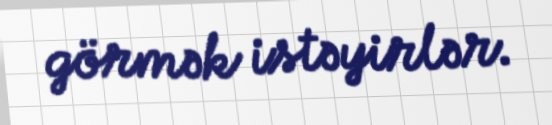
görmək istəyirlər.